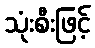
သုံးစီးဖြင့်